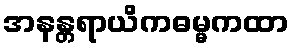
အနန္တရာယိကဓမ္မကထာ